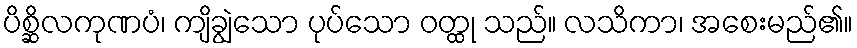
ပိစ္ဆိလကုဏပံ၊ ကျိချွဲသော ပုပ်သော ဝတ္ထု သည်။ လသိကာ၊ အစေးမည်၏။